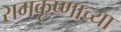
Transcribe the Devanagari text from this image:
रामकृष्णाच्या